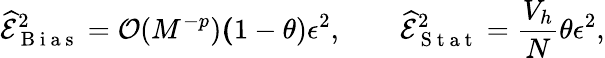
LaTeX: \widehat{\mathcal{E}}_{\mathrm{~B~i~a~s~}}^{2}=\mathcal{O}(M^{-p})\le(1-\theta)\epsilon^{2},\qquad\widehat{\mathcal{E}}_{\mathrm{~S~t~a~t~}}^{2}=\frac{V_{h}}{N}\le\theta\epsilon^{2},